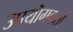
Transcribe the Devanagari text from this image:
उपयॊगकर्ता